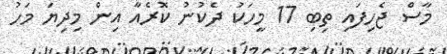
މާސް ޖެހިފައި ތިބި 17 މީހަކު ދެކުނު ކޮރެއާ އިން މިދިޔަ މަހު